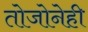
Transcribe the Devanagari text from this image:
तोजोनेही